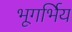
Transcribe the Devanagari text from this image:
भूगर्भिय